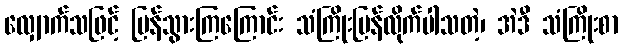
လျှောက်သဖြင့် ပြန်သွားကြကြောင်း သံကြိုးပြန်လိုက်ပါသတဲ့၊ အဲဒီ သံကြိုးစာ